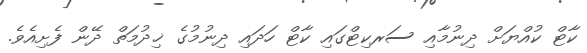
ކާޓް ކުއްޔަށް ދިނުމާއި ސަރކިޓްގައި ކާޓް ހަދައި ދިނުމުގެ ޚިދުމަތް ދޭން ފެށިއެވެ.